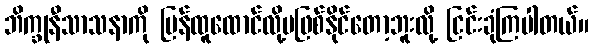
ဘိက္ခုနီသာသနာကို ပြန်ထူထောင်လို့မဖြစ်နိုင်တော့ဘူးလို့ ငြင်းခုံကြပါတယ်။